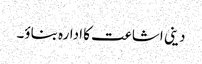
دینی اشاعت کا ادارہ بناؤ۔